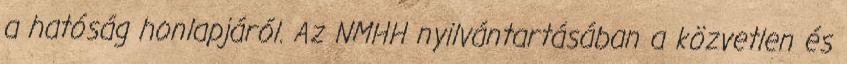
a hatóság honlapjáról. Az NMHH nyilvántartásában a közvetlen és